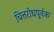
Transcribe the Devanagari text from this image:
चित्तरोधपूर्वक